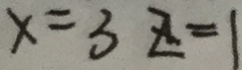
x = 3 z = 1